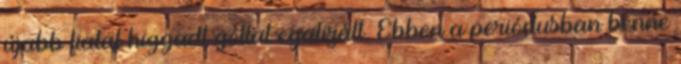
újabb fiatal higgadt góllal egalizált. Ebben a periódusban benne